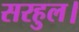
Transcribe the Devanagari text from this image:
सरहुल।